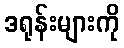
ဒရုန်းများကို